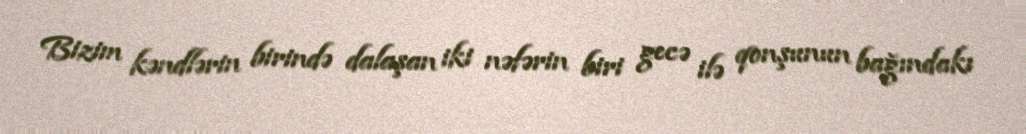
Bizim kəndlərin birində dalaşan iki nəfərin biri gecə ilə qonşunun bağındakı